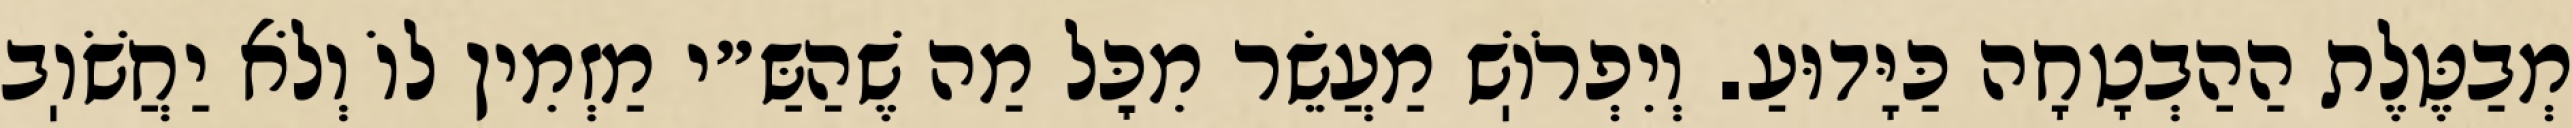
מְבַטֶּלֶת הַהַבְטָחָה כַּיָּדוּעַ. וְיִפְרֹוֽשׁ מַעֲשֵׂר מִכׇּל מַה שֶׁהַשַּ״י מַזְמִין לוֹ וְלֹא יַחֲשֹׁוֽב